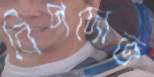
বিপদোত